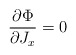
\begin{align*}\frac{\partial \Phi }{\partial J_{x}}=0\end{align*}